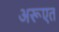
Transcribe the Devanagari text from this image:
अरूएत